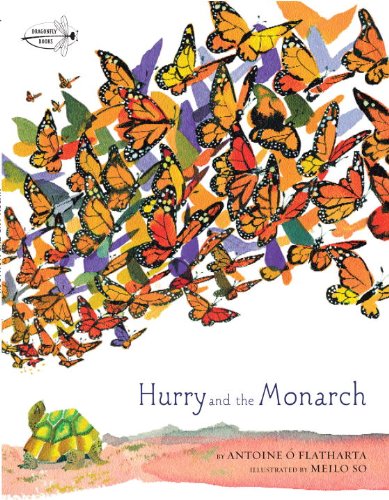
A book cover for Hurry and the Monarch; Antoine O Flatharta; Children's Books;